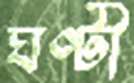
ঘণ্টী